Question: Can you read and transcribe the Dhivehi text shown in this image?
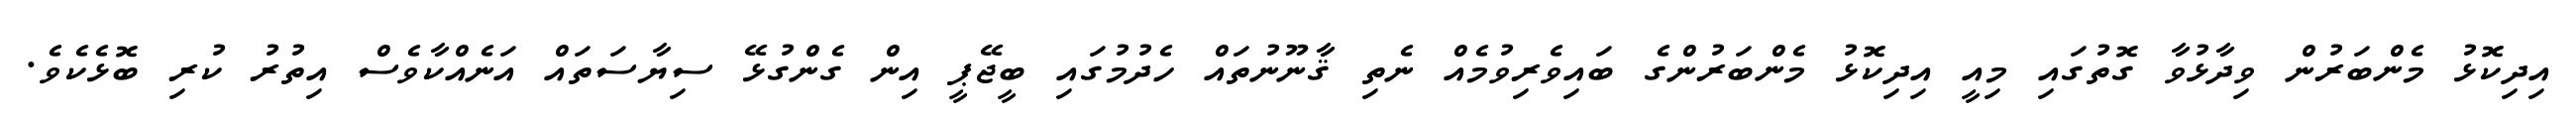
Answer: އިދިކޮޅު މެންބަރުން ވިދާޅުވާ ގޮތުގައި މިއީ އިދިކޮޅު މެންބަރުންގެ ބައިވެރިވުމެއް ނެތި ޤާނޫނުތައް ހެދުމުގައި ބީޖޭޕީ އިން ގެންގުޅޭ ސިޔާސަތައް އަނެއްކާވެސް އިތުރު ކުރި ބޮޅެކެވެ.